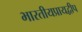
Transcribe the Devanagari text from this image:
भारतीयप्रायद्वीप